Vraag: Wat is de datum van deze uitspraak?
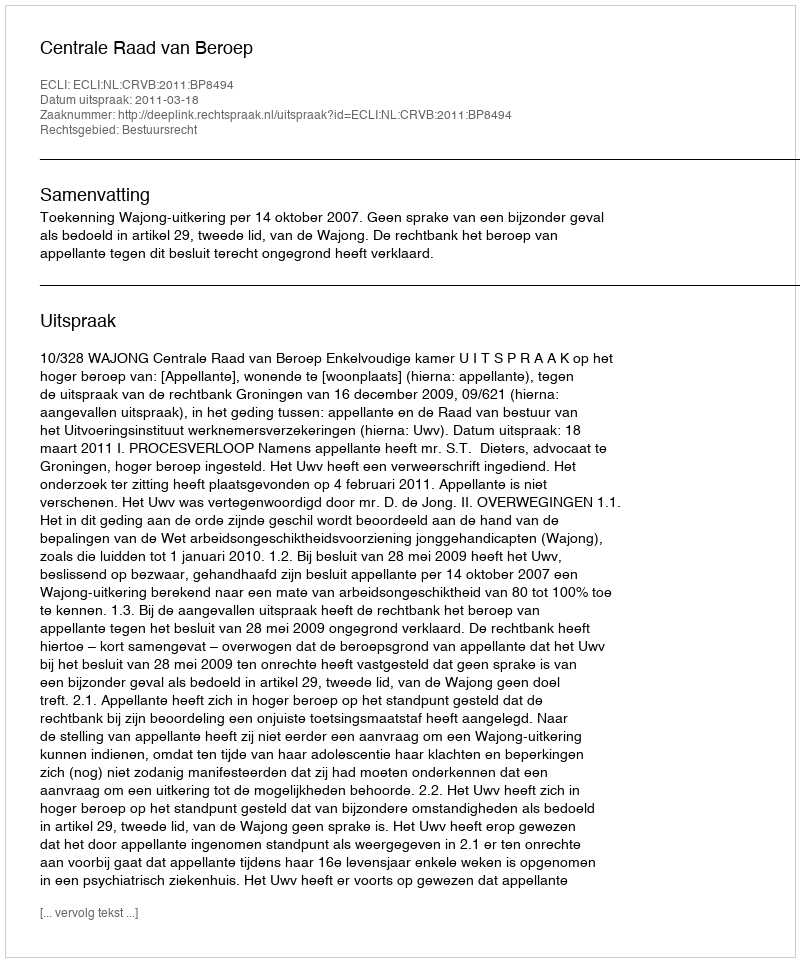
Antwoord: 2011-03-18